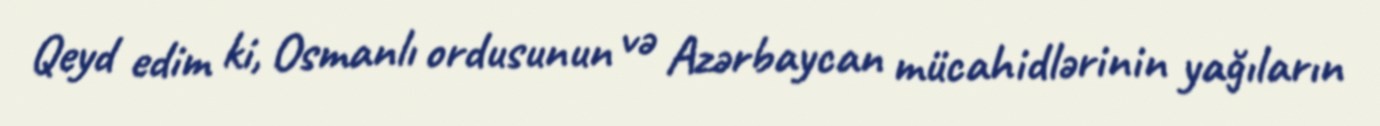
Qeyd edim ki, Osmanlı ordusunun və Azərbaycan mücahidlərinin yağıların